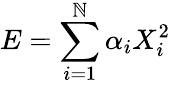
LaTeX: E=\sum_{i=1}^{\mathbb{N}}\alpha_{i}X_{i}^{2}